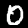
Digit: 0